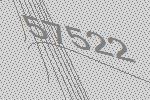
57522